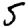
Digit: 5